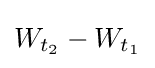
W_{t_{2}}-W_{t_{1}}